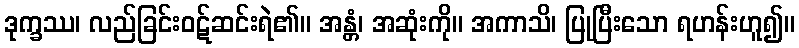
ဒုက္ခဿ၊ လည်ခြင်းဝဋ်ဆင်းရဲ၏။ အန္တံ၊ အဆုံးကို။ အကာသိ၊ ပြုပြီးသော ရဟန်းဟူ၍။